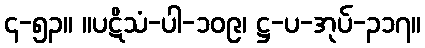
၄-၅၃။ ။ပဋိသံ-ပါ-၁၀၉၊ ဋ္ဌ-ပ-အုပ်-၃၁၇။